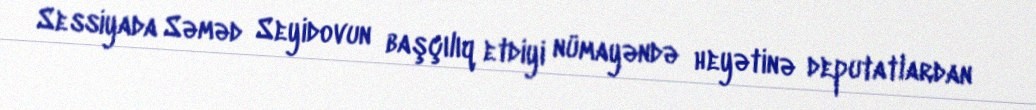
Sessiyada Səməd Seyidovun başçılıq etdiyi nümayəndə heyətinə deputatlardan